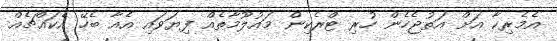
އެމެރިކާ އަށް އަތުޖެހެން ހުރި ޓްރެކިން މައުލޫމާތެއް ފިޔަވައި އެއާ ބެހޭ އެކައްޗެއް